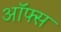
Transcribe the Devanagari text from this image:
ऑफ्स